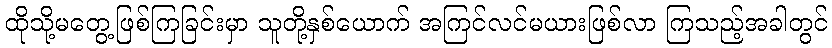
ထိုသို့မတွေ့ဖြစ်ကြခြင်းမှာ သူတို့နှစ်ယောက် အကြင်လင်မယားဖြစ်လာ ကြသည့်အခါတွင်